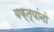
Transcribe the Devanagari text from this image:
वक्त्यांनो